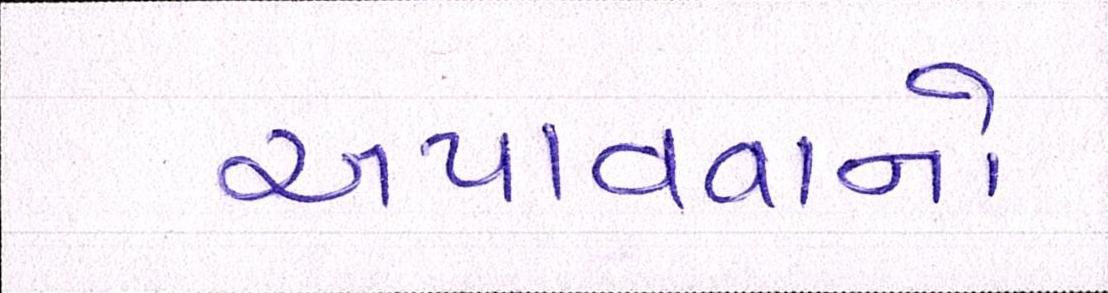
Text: અપાવવાનો